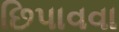
છિપાવવા